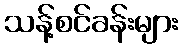
သန့်စင်ခန်းများ